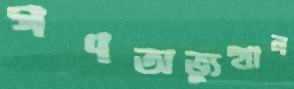
গণঅভ্যুত্থান